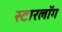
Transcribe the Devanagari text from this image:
स्टारलॉग